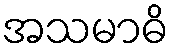
အသမာဓိ